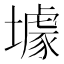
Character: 壉